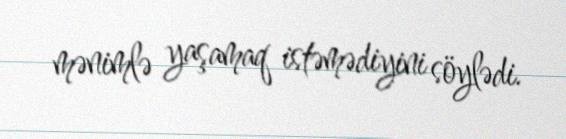
mənimlə yaşamaq istəmədiyini söylədi.